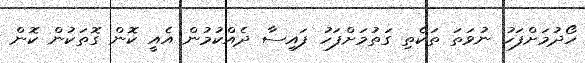
ހޯދުމަށްފަހު ނުވަތަ ތަކެތި ގަތުމަށްފަހު ފައިސާ ދެއްކުމުން އެއީ ކޮން ގޮތަކުން ކޮން